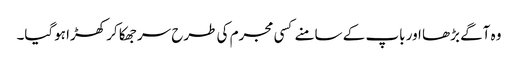
وہ آگے بڑھا اور باپ کے سامنے کسی مجرم کی طرح سر جھکا کر کھڑا ہوگیا۔